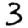
Digit: 3